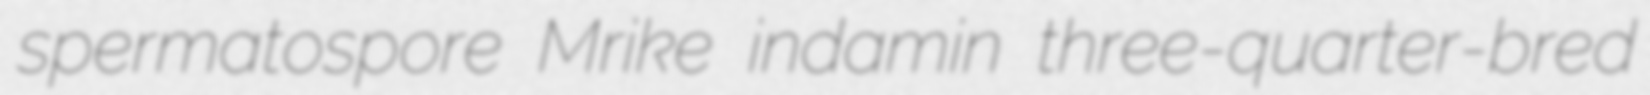
spermatospore Mrike indamin three-quarter-bred